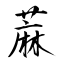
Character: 蔴